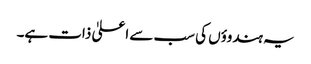
یہ ہندوؤں کی سب سے اعلیٰ ذات ہے۔